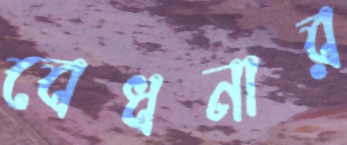
বেধনার